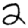
Digit: 2